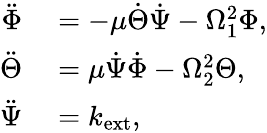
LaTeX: \begin{array}{rl}{\ddot{\Phi}}&{{}=-\mu\dot{\Theta}\dot{\Psi}-\Omega_{1}^{2}\Phi,}\\ {\ddot{\Theta}}&{{}=\mu\dot{\Psi}\dot{\Phi}-\Omega_{2}^{2}\Theta,}\\ {\ddot{\Psi}}&{{}=k_{\mathrm{ext}},}\end{array}